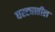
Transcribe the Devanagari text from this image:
घरट्यातील